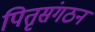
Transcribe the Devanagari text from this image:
पितृसंगठन